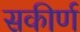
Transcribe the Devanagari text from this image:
सकीर्ण